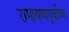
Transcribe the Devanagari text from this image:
रामायणापूर्वीच्या